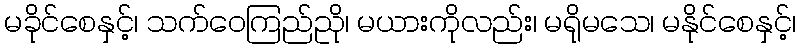
မခိုင်စေနှင့်၊ သက်ဝေကြည်ညို၊ မယားကိုလည်း၊ မရိုမသေ၊ မနိုင်စေနှင့်၊